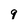
Character: 9